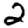
Digit: 2